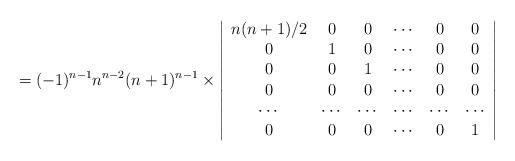
LaTeX: \begin{align*}=(-1)^{n-1}n^{n-2}(n+1)^{n-1}\times\left|\begin{array}{cccccc}n(n+1)/2 & 0 & 0 & \cdots & 0 & 0 \\0 & 1 & 0 & \cdots & 0 & 0 \\0 & 0 & 1 & \cdots & 0 & 0 \\0 & 0 & 0 & \cdots & 0 & 0 \\\cdots & \cdots & \cdots & \cdots & \cdots & \cdots \\0 & 0 & 0 & \cdots & 0 & 1 \\\end{array}\right|\end{align*}